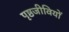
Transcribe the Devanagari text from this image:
पृष्ठजीवियों